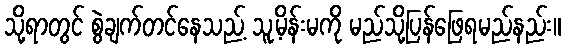
သို့ရာတွင် စွဲချက်တင်နေသည့် သူ့မိန်းမကို မည်သို့ပြန်ဖြေရမည်နည်း။